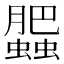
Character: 𧓖